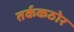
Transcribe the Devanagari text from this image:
तर्ककठोर